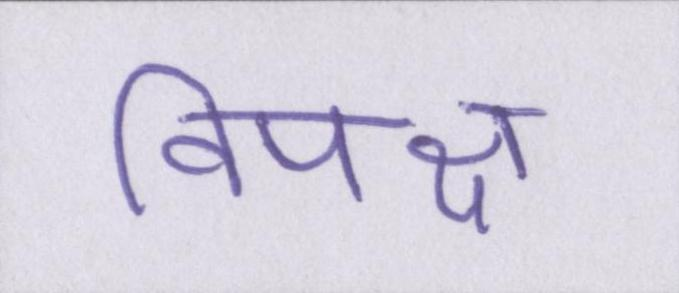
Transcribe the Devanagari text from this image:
विपक्ष